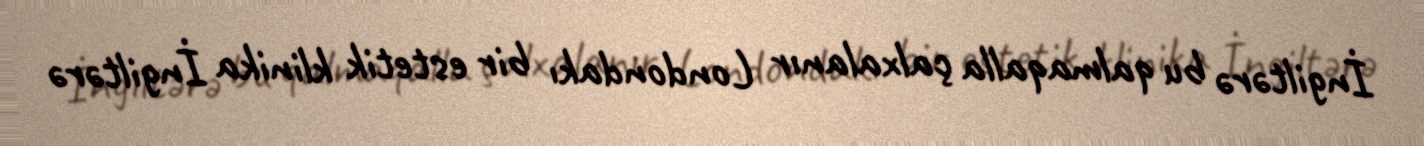
İngiltərə bu qalmaqalla çalxalanır Londondakı bir estetik klinika İngiltərə